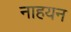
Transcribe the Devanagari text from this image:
नाहयन